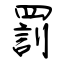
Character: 罰